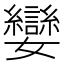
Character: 孌